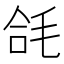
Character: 𭯘